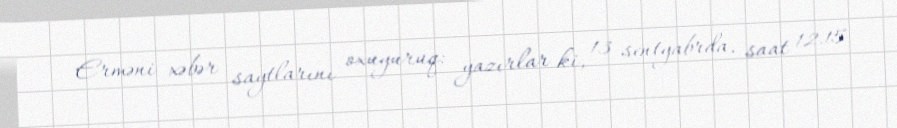
Erməni xəbər saytlarını oxuyuruq: yazırlar ki, 13 sentyabrda, saat 12.15